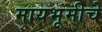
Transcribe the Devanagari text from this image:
मायभूमीचे